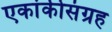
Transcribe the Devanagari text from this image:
एकांकीसंग्रह